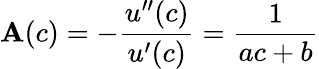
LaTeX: \mathbf{A}(c)=-{\frac{{u^{\prime\prime}(c)}}{{u^{\prime}(c)}}}={\frac{{1}}{{ac+b}}}